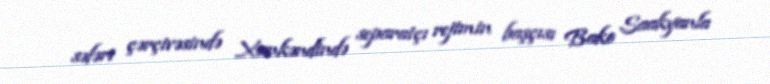
səfəri çərçivəsində Xankəndində separatçı rejimin başçısı Bako Saakyanla